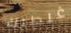
غلطتك